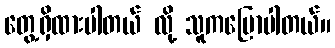
တွေ့ရှိထားပါတယ် လို့ သူကပြောပါတယ်။